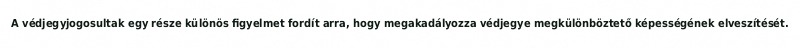
A védjegyjogosultak egy része különös figyelmet fordít arra, hogy megakadályozza védjegye megkülönböztető képességének elveszítését.